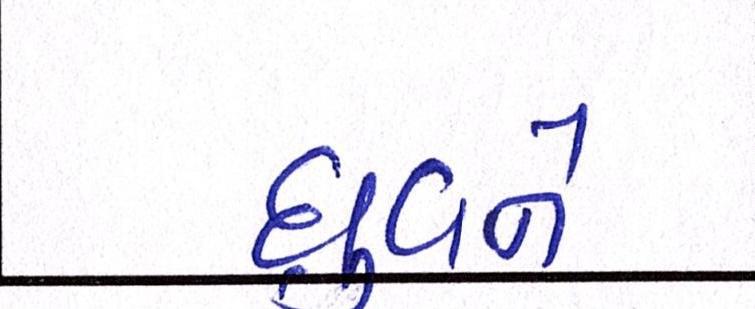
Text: ધ્રુવને